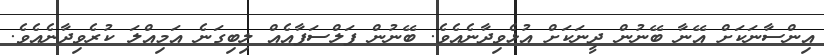
އިންސާނަކަށް އޭނާ ބޭނުން ދީނަކަށް އުޅެވިދާނެއެވެ. ބޭނުން ފަލްސަފާއެއް ލިބިގަނެ އަމިއްލަ ކުރެވިދާނެއެވެ.